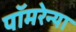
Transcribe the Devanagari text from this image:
पॉमरेन्या